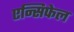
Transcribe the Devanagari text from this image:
एन्सिफेल